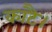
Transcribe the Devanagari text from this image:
काटै।